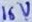
Text: 16V